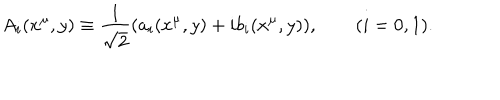
A _ { i } ( x ^ { \mu } , y ) \equiv \frac { 1 } { \sqrt { 2 } } ( a _ { i } ( x ^ { \mu } , y ) + i b _ { i } ( x ^ { \mu } , y ) ) , \qquad ( i = 0 , 1 ) .